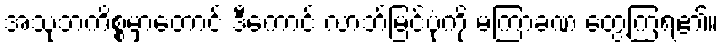
အသုဘကိစ္စမှာတောင် ဒီကောင် လာဘ်မြင်ပုံကို မကြာခဏ တွေ့ကြရ၏။